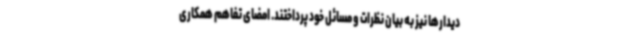
دیدارها نیز به بیان نظرات و مسائل خود پرداختند. امضای تفاهم همکاری